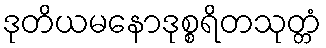
ဒုတိယမနောဒုစ္စရိတသုတ္တံ